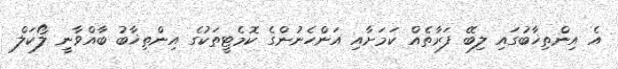
އެ އިންތިޚާބުގައި ލިބޭ ފަރާތެއް ކަމަށާއި އަންހެނުންގެ ކޮމެޓީތަކުގެ އިންތިޚާބު ބާއްވާނީ ލޯކަލް